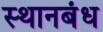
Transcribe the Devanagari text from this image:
स्थानबंध